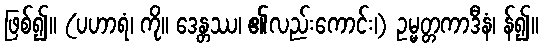
ဖြစ်၍။ (ပဟာရံ၊ ကို။ ဒေန္တဿ၊ ၏လည်းကောင်း၊) ဥမ္မတ္တကာဒီနံ၊ န်၍။